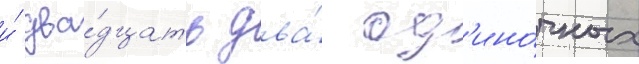
и́ два́дцать два́ од'ино́чных